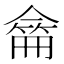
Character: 𠎚